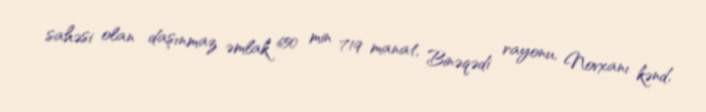
sahəsi olan daşınmaz əmlak 650 min 719 manat, Binəqədi rayonu, Novxanı kənd,